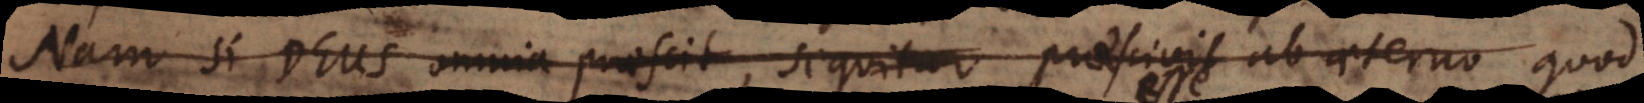
Nam si Deus omnia praescit, sequitur praescivit ab aeterno quod